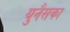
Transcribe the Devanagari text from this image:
युनैसका